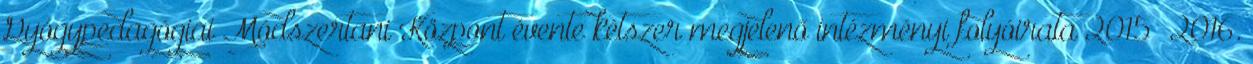
Gyógypedagógiai Módszertani Központ évente kétszer megjelenő intézményi folyóirata 2015 2016.